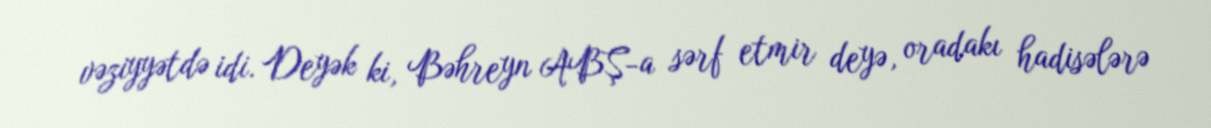
vəziyyətdə idi. Deyək ki, Bəhreyn ABŞ-a sərf etmir deyə, oradakı hadisələrə